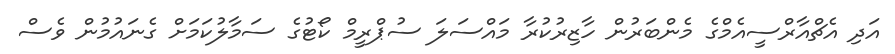
އަދި އެޗްއާރްސީއެމްގެ މެންބަރުން ހާޒިރުކުރާ މައްސަލަ ސުޕްރީމް ކޯޓުގެ ސަމާލުކަމަށް ގެނައުމުން ވެސް